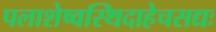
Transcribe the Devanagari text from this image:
पलाशेष्वस्थिदाहेचसद्यः